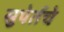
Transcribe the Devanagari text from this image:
सुपेर्तचे